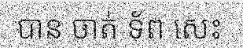
បាន ចាត់ ទ័ព សេះ